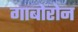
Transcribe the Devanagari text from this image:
गाबोरोन